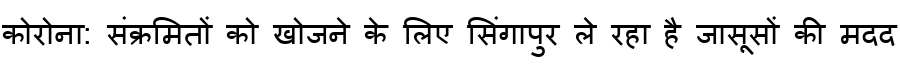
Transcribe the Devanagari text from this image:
कोरोना: संक्रमितों को खोजने के लिए सिंगापुर ले रहा है जासूसों की मदद